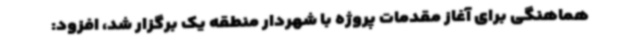
هماهنگی برای آغاز مقدمات پروژه با شهردار منطقه یک برگزار شد، افزود: